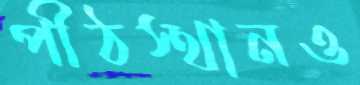
পীঠস্থানও